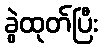
ခွဲထုတ်ပြီး